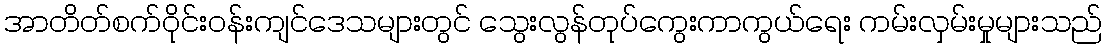
အာတိတ်စက်ဝိုင်းဝန်းကျင်ဒေသများတွင် သွေးလွန်တုပ်ကွေးကာကွယ်ရေး ကမ်းလှမ်းမှုများသည်